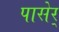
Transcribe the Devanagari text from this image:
पासेर्